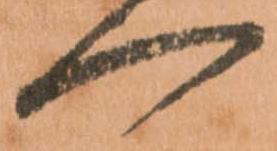
一